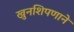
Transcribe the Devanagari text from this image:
खुनशिपणाने